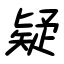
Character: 疑